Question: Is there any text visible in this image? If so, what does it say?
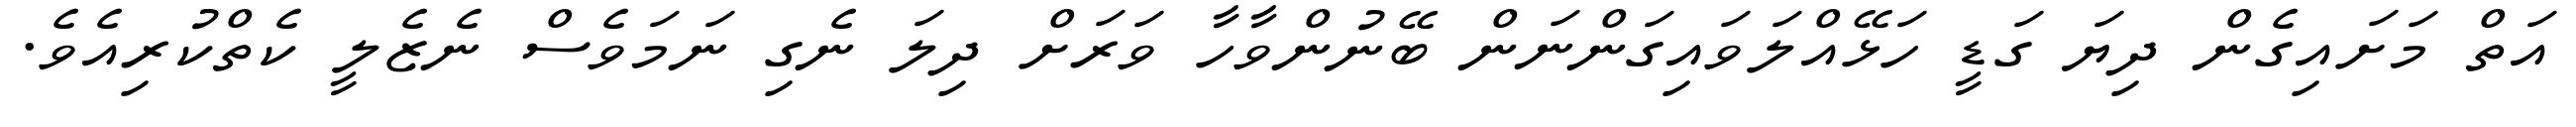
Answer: އަތް މަށައިގެން ދިޔަ ގަޑީ ހަޅޭއްލަވައިގަންނަން ބޭނުންވާހާ ވަރަށް ދިލަ ނެގި ނަމަވެސް ނެޒެލީ ކެތްކުރިއެވެ.